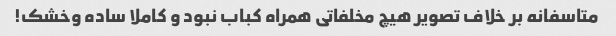
متاسفانه بر خلاف تصویر هیچ مخلفاتی همراه کباب نبود و کاملا ساده و‌خشک!